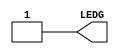
//------------------------------------------------------------------
//-- Hello world example for the EDU-CIAA-FPGA
//-- Turn on the green LED
//------------------------------------------------------------------
module leds(output wire LEDG);
 
  assign LEDG = 1'b1;
  
endmodule